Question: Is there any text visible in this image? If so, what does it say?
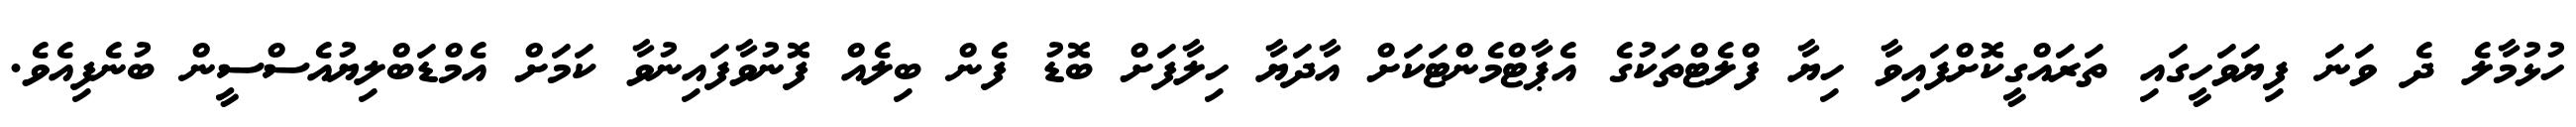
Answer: ހުޅުމާލެ ދެ ވަނަ ފިޔަވަހީގައި ތަރައްގީކޮށްފައިވާ ހިޔާ ފްލެޓްތަކުގެ އެޕާޓްމެންޓަކަށް އާދަޔާ ހިލާފަށް ބޮޑު ފެން ބިލެއް ފޮނުވާފައިނުވާ ކަމަށް އެމްޑަބްލިޔުއެސްސީން ބުނެފިއެވެ.